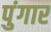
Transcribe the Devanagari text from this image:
पुंगार